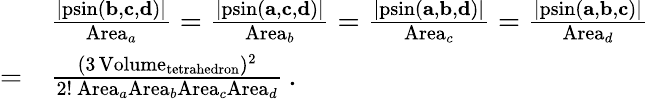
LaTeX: {\begin{array}{rl}&{{\frac{\left|\operatorname{psin}(\mathbf{b},\mathbf{c},\mathbf{d})\right|}{\mathrm{Area}_{a}}}={\frac{\left|\operatorname{psin}(\mathbf{a},\mathbf{c},\mathbf{d})\right|}{\mathrm{Area}_{b}}}={\frac{\left|\operatorname{psin}(\mathbf{a},\mathbf{b},\mathbf{d})\right|}{\mathrm{Area}_{c}}}={\frac{\left|\operatorname{psin}(\mathbf{a},\mathbf{b},\mathbf{c})\right|}{\mathrm{Area}_{d}}}}\\ {=}&{{\frac{(3\operatorname{Volume}_{\mathrm{tetrahedron}})^{2}}{2!~\mathrm{Area}_{a}\mathrm{Area}_{b}\mathrm{Area}_{c}\mathrm{Area}_{d}}}\, .}\end{array}}